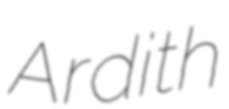
Ardith